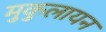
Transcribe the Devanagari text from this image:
मुकुलायन